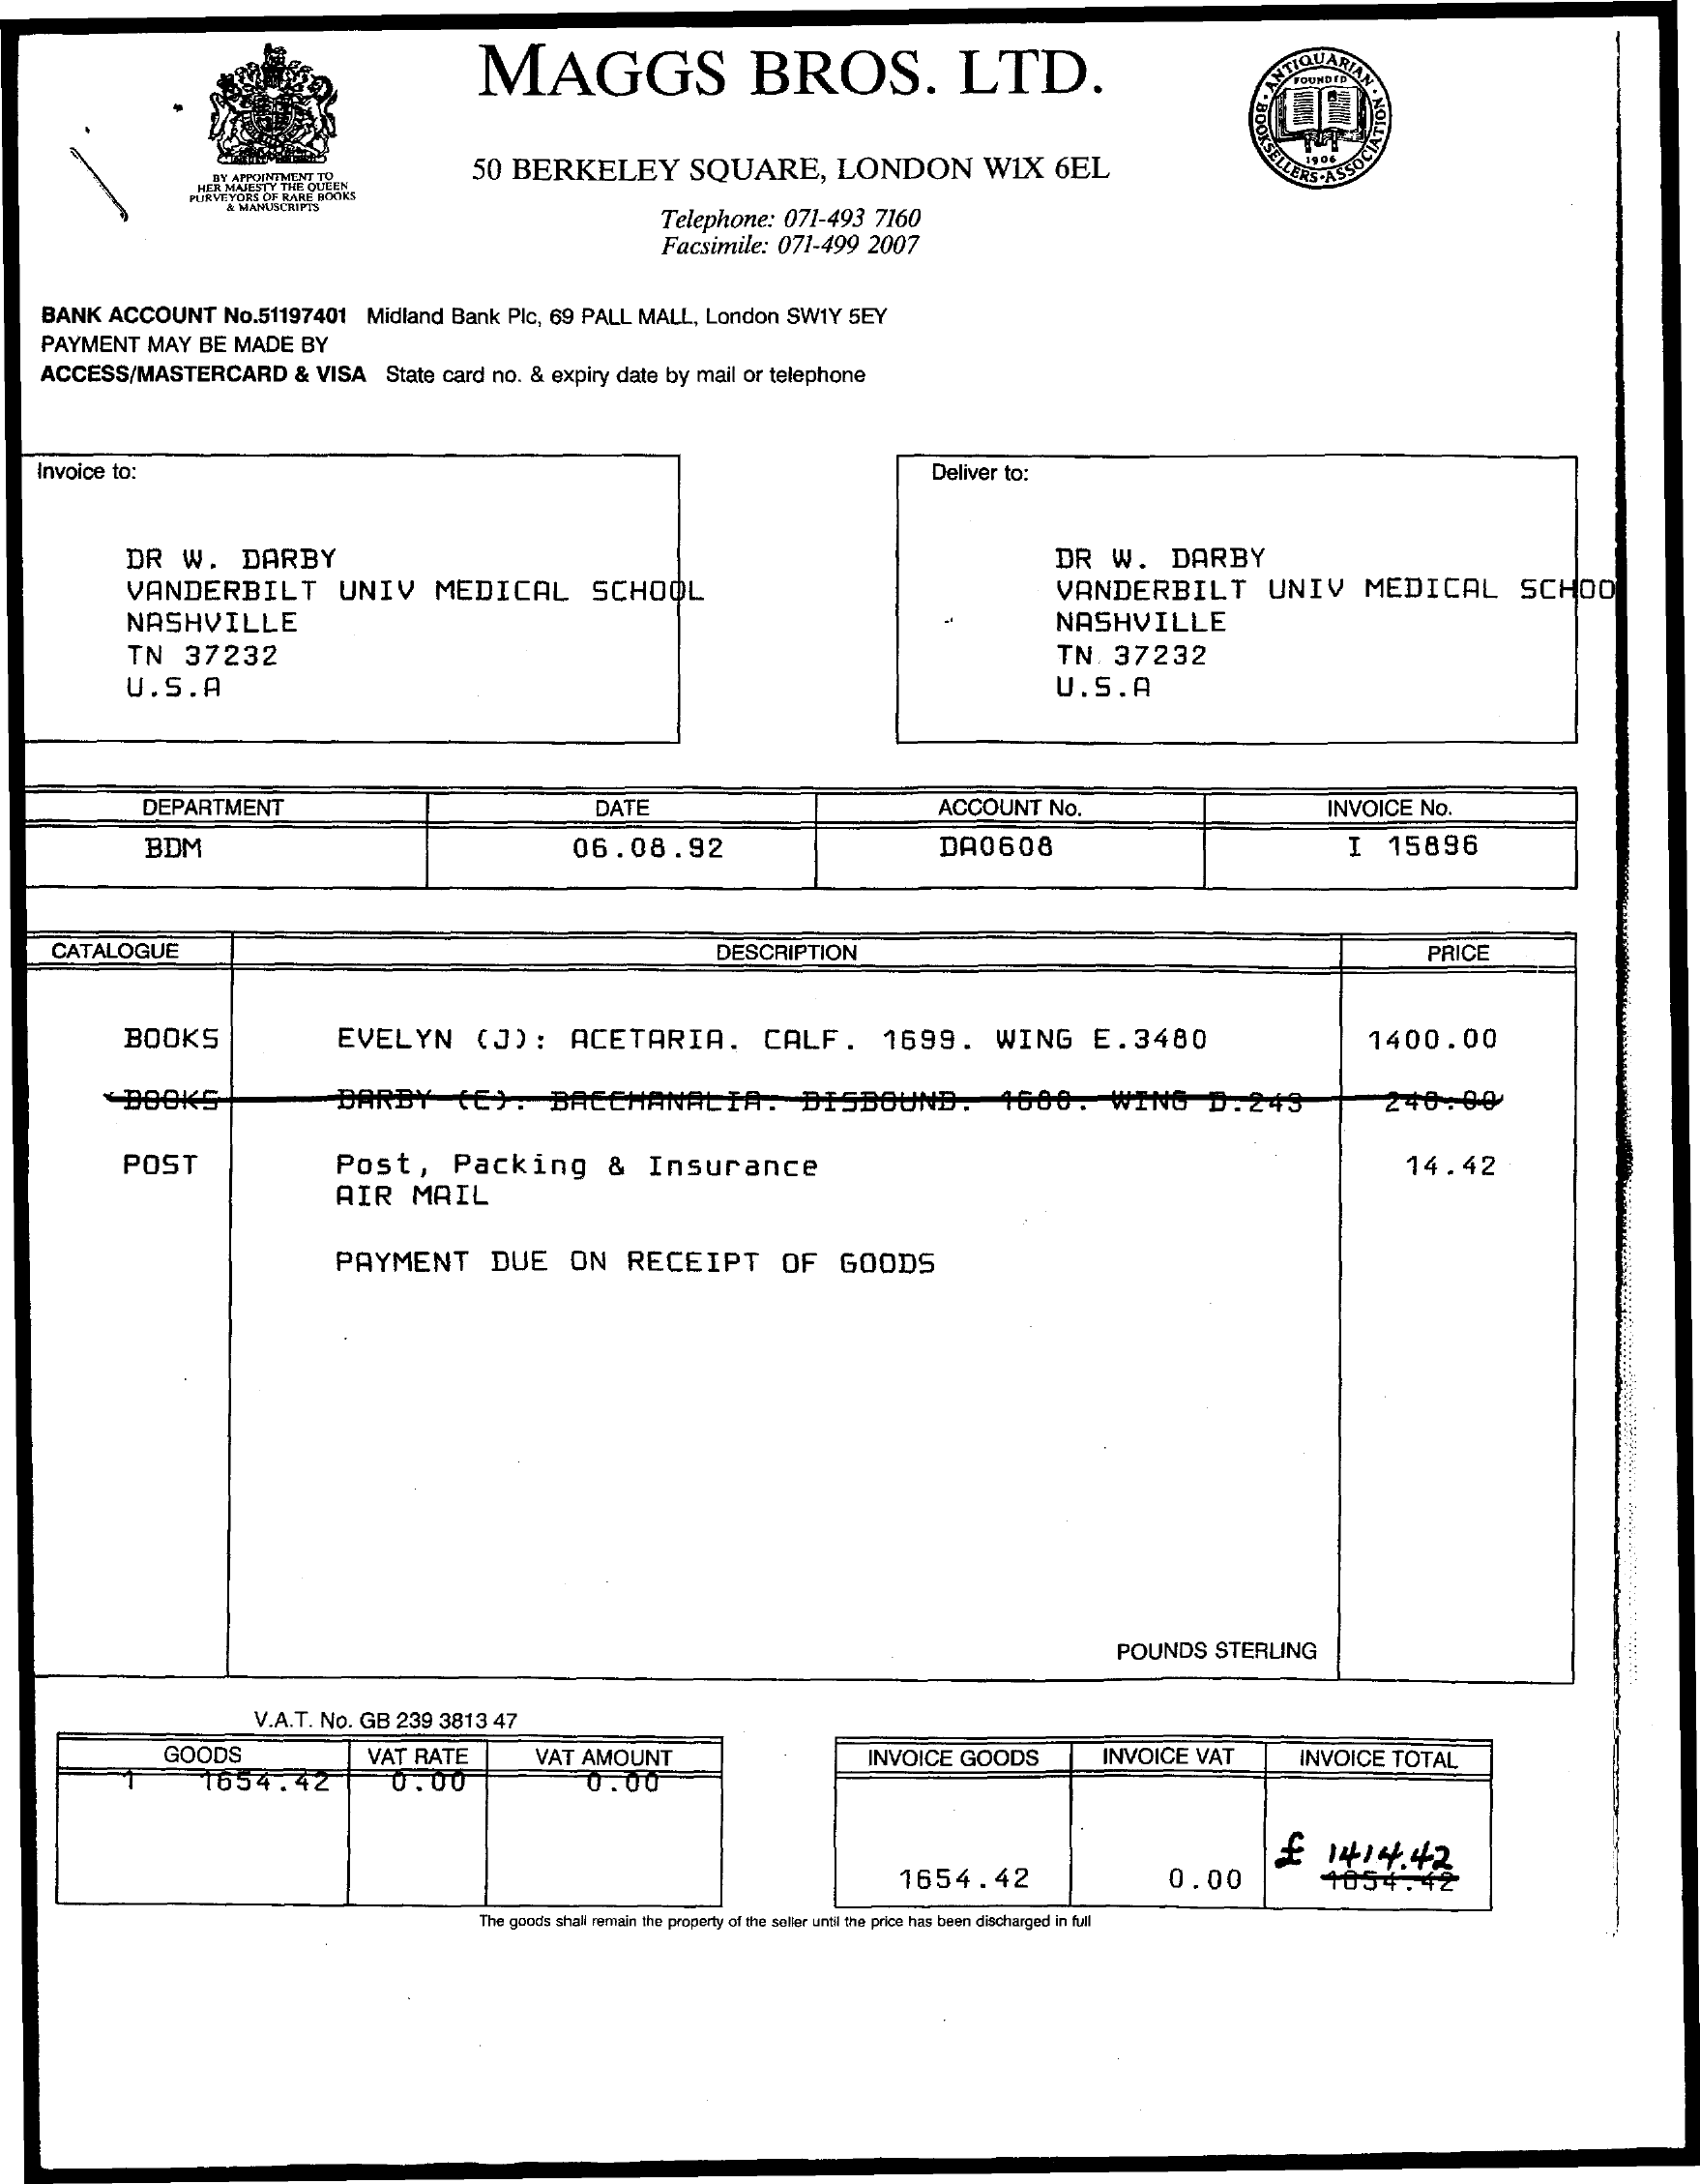
MAGGS    BROS.    LTD.
     50   BERKELEY    SQUARE,    LONDON    WIX    6EL
     ALTEVE YORE OF DARE CERIES
     Telephone:    071-493    7160
     Facsimile:    071-499    2007
     BANK    ACCOUNT    No.51197401    Midland   Bank   Plc,  69  PALL  MALL,    London    SW1Y   5EY
     PAYMENT    MAY   BE   MADE    BY
     ACCESS/MASTERCARD    &  VISA    State  card  no. &  expiry  date  by  mail  or telephone
    Invoice   to:    Deliver  to:
     DR    W.    DARBY    DR    W.    DARBY
     VANDERBILT    UNIV    MEDICAL    SCHOOL    VANDERBILT    UNIV    MEDICAL    SCHOO
     NASHVILLE    NASHVILLE
     TN    37232    TN.    37232
     U.S.A    U.S.A
     DEPARTMENT    DATE    ACCOUNT    No.    INVOICE    No.
     BDM    06.08.92    DA0608    I   15896
     CATALOGUE    DESCRIPTION    PRICE
     BOOKS    EVELYN    (J):    ACETARIA.    CALF.    1699.    WING    E.3480    1400.00
     BOOKS    DARDY    (E).    BACCHANALIA.    DISBOUND.    1600.    WING    D.   243    240.00
     POST    Post,    Packing    &    Insurance    14.42
     AIR    MAIL
     PAYMENT    DUE    ON    RECEIPT    OF    GOODS
     POUNDS    STERLING
     V.A.T.  No.  GB   239  3813   47
     GOODS
     1654.42
     VAT   RATE    VAT   AMOUNT    INVOICE    GOODS    INVOICE    VAT    INVOICE    TOTAL
     0.00    0.00
     £    1414.42
     1654.42    0.00    1054.
     The goods shall remain the property of the soller undl the price has been discharged in full